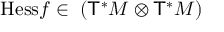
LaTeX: \displaystyle { \mathrm { H e s s } } f \in \mathbf { \Gamma } ( { \mathsf { T } } ^ { * } M \otimes { \mathsf { T } } ^ { * } M )